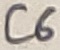
Text: C6